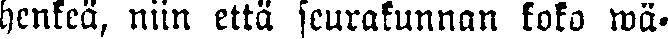
henkeä, niin että seurakunnan koko wä-